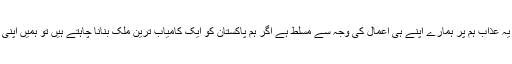
جیسی عوام ویسے ہی حکمران یہ عذاب ہم پر ہمارے اپنے ہی اعمال کی وجہ سے مُسلط ہے اگر ہم پاکستان کو ایک کامیاب ترین ملک بنانا چاہتے ہیں تو ہمیں اپنی بُری روش کو ترک کرنا ہوگا۔